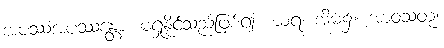
အပဿံအပဿန္တော၊ မရှုနိုင်သည်ဖြစ်၍။ ဃရံ၊ အိမ်၌။ အာဝသတု၊